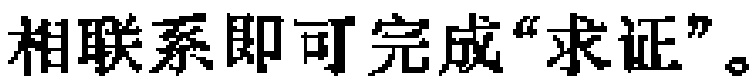
相联系即可完成“求证”。